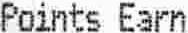
POINTS EARN